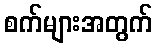
စက်များအတွက်